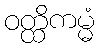
ဝတ္ထိကမ္မံ